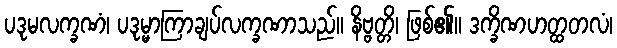
ပဒုမလက္ခဏံ၊ ပဒုမ္မာကြာချပ်လက္ခဏာသည်။ နိဗ္ဗတ္တိ၊ ဖြစ်၏။ ဒက္ခိဏဟတ္ထတလံ၊